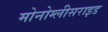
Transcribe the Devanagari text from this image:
मोनोग्लीसराइड